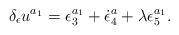
LaTeX: \begin{align*}\delta _\epsilon u^{a_1}=\epsilon _3^{a_1}+\dot \epsilon_4^a+\lambda \epsilon _5^{a_1}.\end{align*}